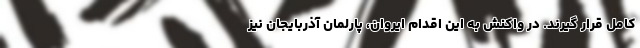
کامل قرار گیرند. در واکنش به این اقدام ایروان، پارلمان آذربایجان نیز